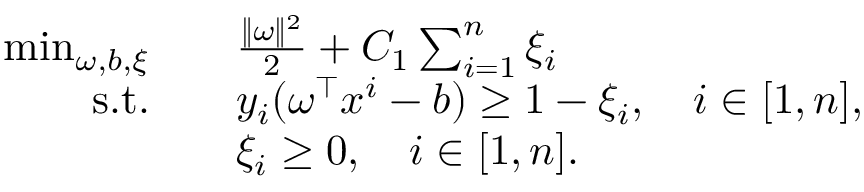
\begin{array} { r l } { \operatorname* { m i n } _ { \omega , b , \xi } \quad } & { \frac { \Vert \omega \Vert ^ { 2 } } { 2 } + C _ { 1 } \sum _ { i = 1 } ^ { n } \xi _ { i } } \\ { \mathrm { s . t . } \quad } & { y _ { i } ( \omega ^ { \top } x ^ { i } - b ) \geq 1 - \xi _ { i } , \quad i \in [ 1 , n ] , } \\ & { \xi _ { i } \geq 0 , \quad i \in [ 1 , n ] . } \end{array}